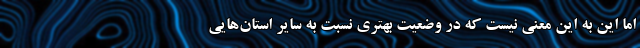
اما این به این معنی نیست که در وضعیت بهتری نسبت به سایر استان‌هایی